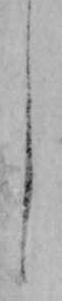
し